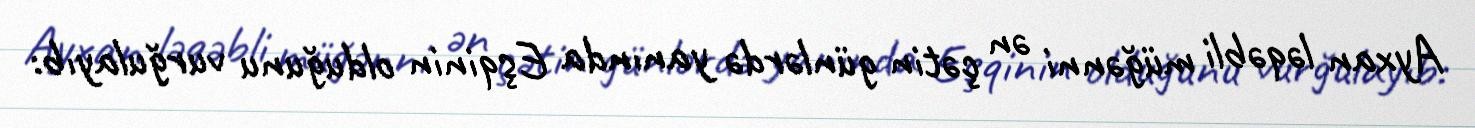
Ayxan ləqəbli müğənni ən çətin günlərdə yanında Eşqinin olduğunu vurğulayıb: